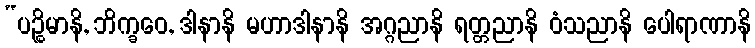
“ပဉ္စိမာနိ, ဘိက္ခဝေ, ဒါနာနိ မဟာဒါနာနိ အဂ္ဂညာနိ ရတ္တညာနိ ဝံသညာနိ ပေါရာဏာနိ